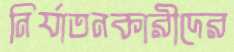
নির্যাতনকারীদের